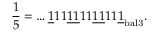
{ \frac { 1 } { 5 } } = \dots { \underline { { 1 } } } 1 1 { \underline { { 1 1 } } } 1 1 { \underline { { 1 1 } } } 1 1 { \underline { { 1 } } } _ { \mathrm { b a l 3 } } .